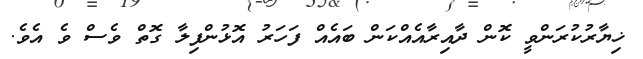
ޚިޔާރުކުރަންވީ ކޮން ދާއިރާއެއްކަން ބައެއް ފަހަރު އޮޅުންފިލާ ގޮތް ވެސް ވެ އެވެ.